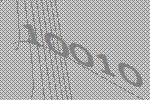
10010